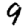
Digit: 9